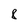
Character: 8